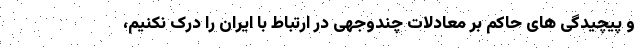
و پیچیدگی های حاکم بر معادلات چندوجهی در ارتباط با ایران را درک نکنیم،